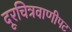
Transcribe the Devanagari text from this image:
दूरचित्रवाणीपट